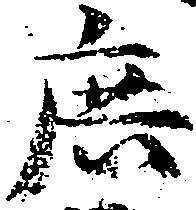
庶